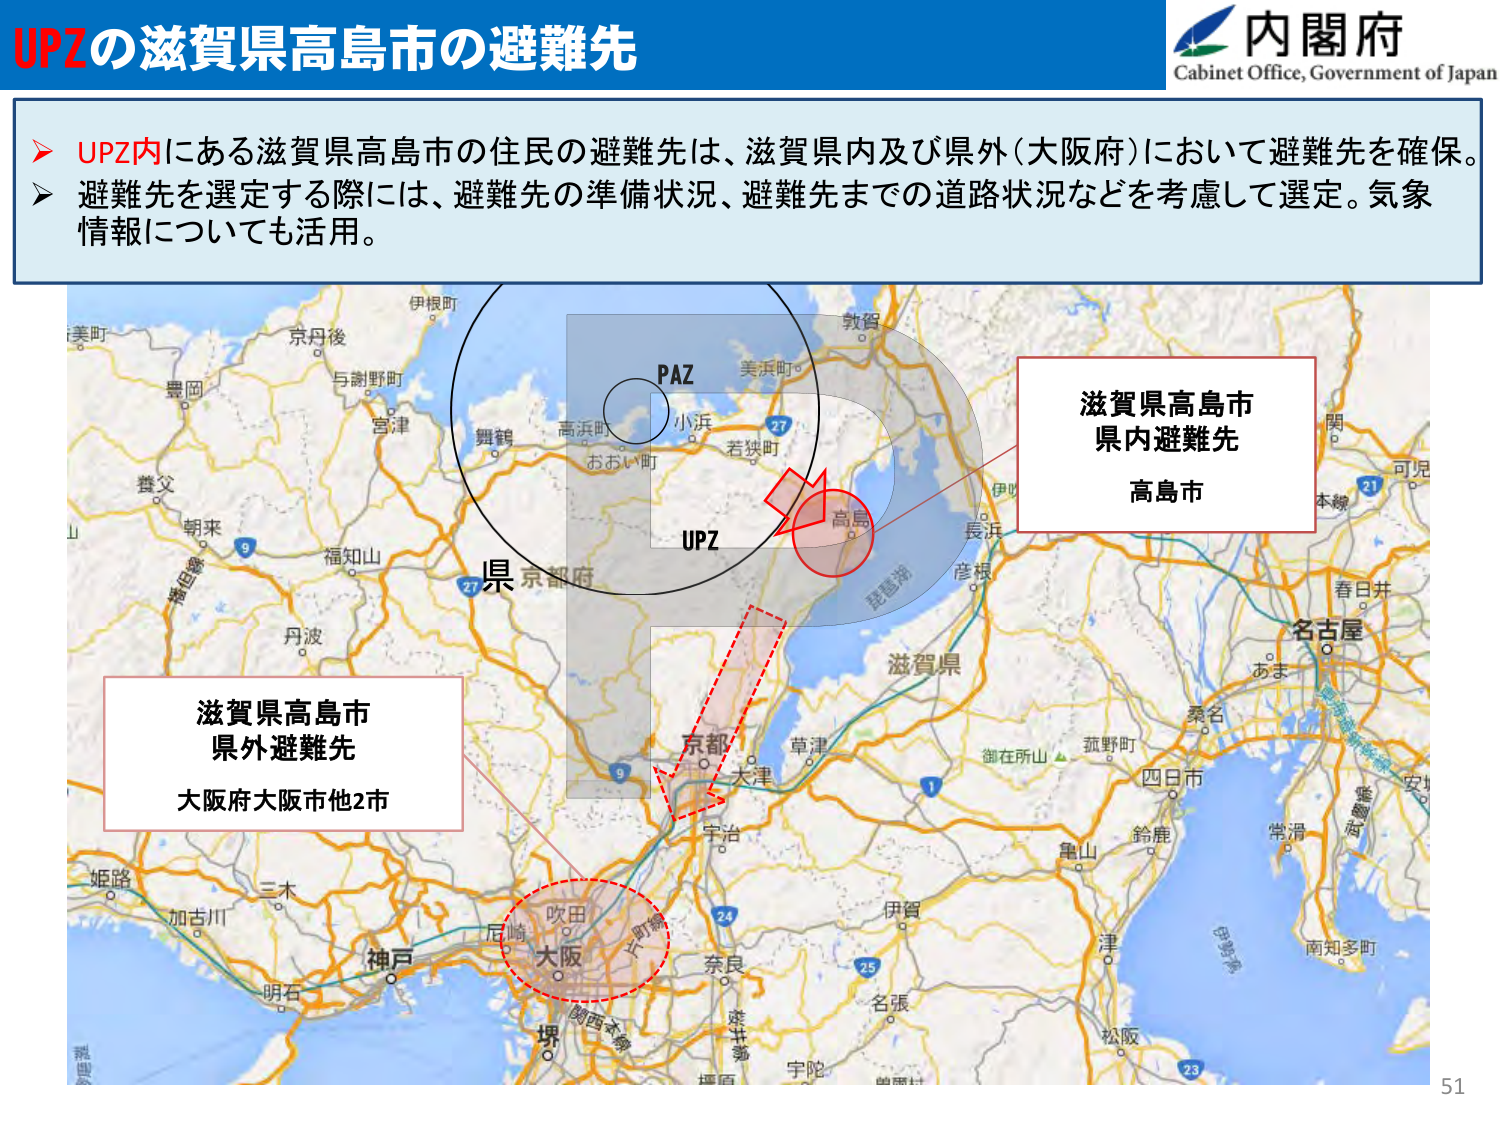
UPZの滋賀県高島市の避難先

内閣府
Cabinet Office, Government of Japan

➤ UPZ内にある滋賀県高島市の住民の避難先は、滋賀県内及び県外（大阪府）において避難先を確保。
➤ 避難先を選定する際には、避難先の準備状況、避難先までの道路状況などを考慮して選定。気象情報についても活用。

PAZ
小浜
美浜町
若狭町
高浜町
おおい町
UPZ
高島
琵琶湖
滋賀県
京都府
京都市
草津
大津
宇治
奈良
橿原
宇陀
伊賀
名張
津
松阪
四日市
鈴鹿
亀山
桑名
御在所山
菰野町
伊勢
関
可児
本線
春日井
名古屋
あま
常滑
南知多町
白山
伊勢湾
三木
加古川
姫路
明石
神戸
尼崎
吹田
大阪
堺
関西本線
27
21
9
27
9
24
25
23
1

滋賀県高島市
県内避難先
高島市

滋賀県高島市
県外避難先
大阪府大阪市他2市

51